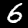
Digit: 6